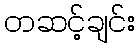
တဆင့်ချင်း